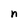
Character: n